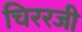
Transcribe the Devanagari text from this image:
चिररजी